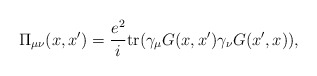
\begin{align*}\Pi_{\mu\nu}(x,x') = \frac{e^2}{i}\mbox{tr} (\gamma_\mu G(x,x') \gamma_\nu G(x',x)),\end{align*}